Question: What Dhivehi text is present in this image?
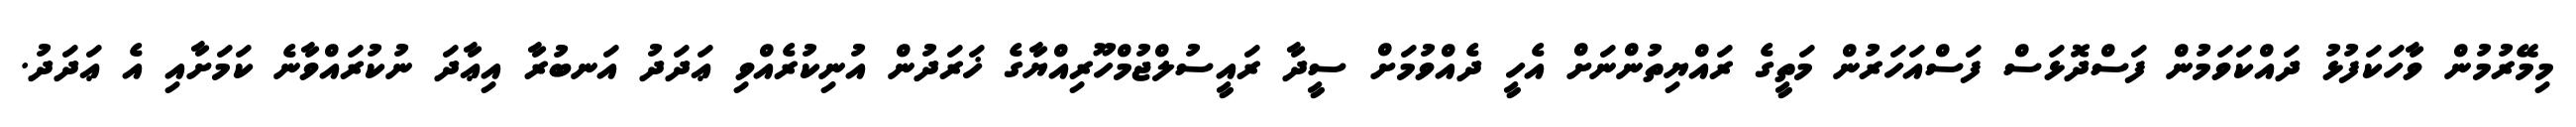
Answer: މިމޭރުމުން ވާހަކަފުޅު ދައްކަވަމުން ފަސްދޮޅަސް ފަސްއަހަރުން މަތީގެ ރައްޔިތުންނަށް އެހީ ދެއްވުމަށް ސީދާ ރައީސުލްޖުމްހޫރިއްޔާގެ ޚަރަދުން އުނިކުރެއްވި ޢަދަދު އަނބުރާ އިޢާދަ ނުކުރައްވާނެ ކަމަށާއި އެ ޢަދަދު.